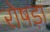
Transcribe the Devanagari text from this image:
रोषड़ा